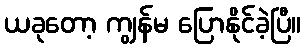
ယခုတော့ ကျွန်မ ပြောနိုင်ခဲ့ပြီ။